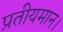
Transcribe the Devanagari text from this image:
प्रतीयमान।